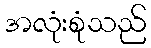
အလုံးစုံသည်